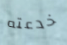
خدعته